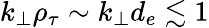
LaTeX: k_{\perp}\rho_{\tau}\sim k_{\perp}d_{e}\lesssim 1